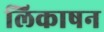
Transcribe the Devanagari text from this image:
लिकाषन